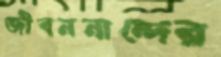
জীবননান্দের